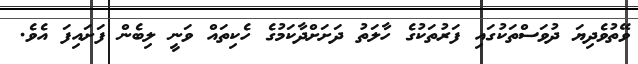
ވޭތުވެދިޔަ ދުވަސްތަކުގައި ފަރުތަކުގެ ހާލަތު ދަށަށްދާކަމުގެ ހެކިތައް ވަނީ ލިބެން ފަށައިފަ އެވެ.